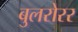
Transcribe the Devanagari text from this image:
बुलरोरर